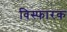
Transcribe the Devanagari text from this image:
विस्फारक